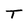
Character: T